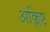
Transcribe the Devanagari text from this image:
अक्लिष्ट